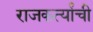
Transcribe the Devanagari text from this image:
राजकर्त्यांची